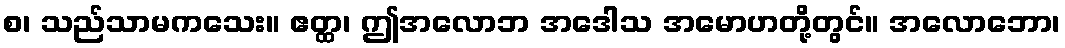
စ၊ သည်သာမကသေး။ ဧတ္ထ၊ ဤအလောဘ အဒေါသ အမောဟတို့တွင်။ အလောဘော၊